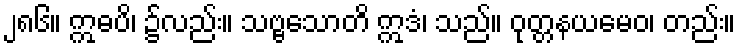
၂၈၆။ ဣဓပိ၊ ၌လည်း။ သဗ္ဗသောတိ ဣဒံ၊ သည်။ ဝုတ္တနယမေဝ၊ တည်း။